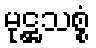
မုဋ္ဌသစ္စံ